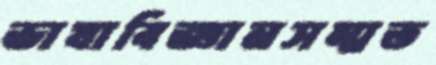
ভাষাবিজ্ঞানসম্মত